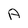
Character: A